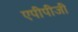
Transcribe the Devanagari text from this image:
एपीपीजी